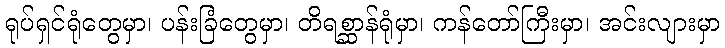
ရုပ်ရှင်ရုံတွေမှာ၊ ပန်းခြံတွေမှာ၊ တိရစ္ဆာန်ရုံမှာ၊ ကန်တော်ကြီးမှာ၊ အင်းလျားမှာ